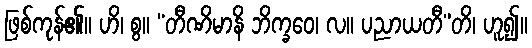
ဖြစ်ကုန်၏။ ဟိ၊ စွ။ “တီဏိမာနိ ဘိက္ခဝေ၊ လ။ ပညာယတီ”တိ၊ ဟူ၍။